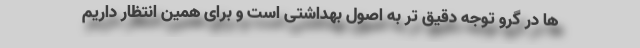
ها در گرو توجه دقیق تر به اصول بهداشتی است و برای همین انتظار داریم